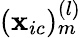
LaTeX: (\mathbf{x}_{ic})_{m}^{(l)}